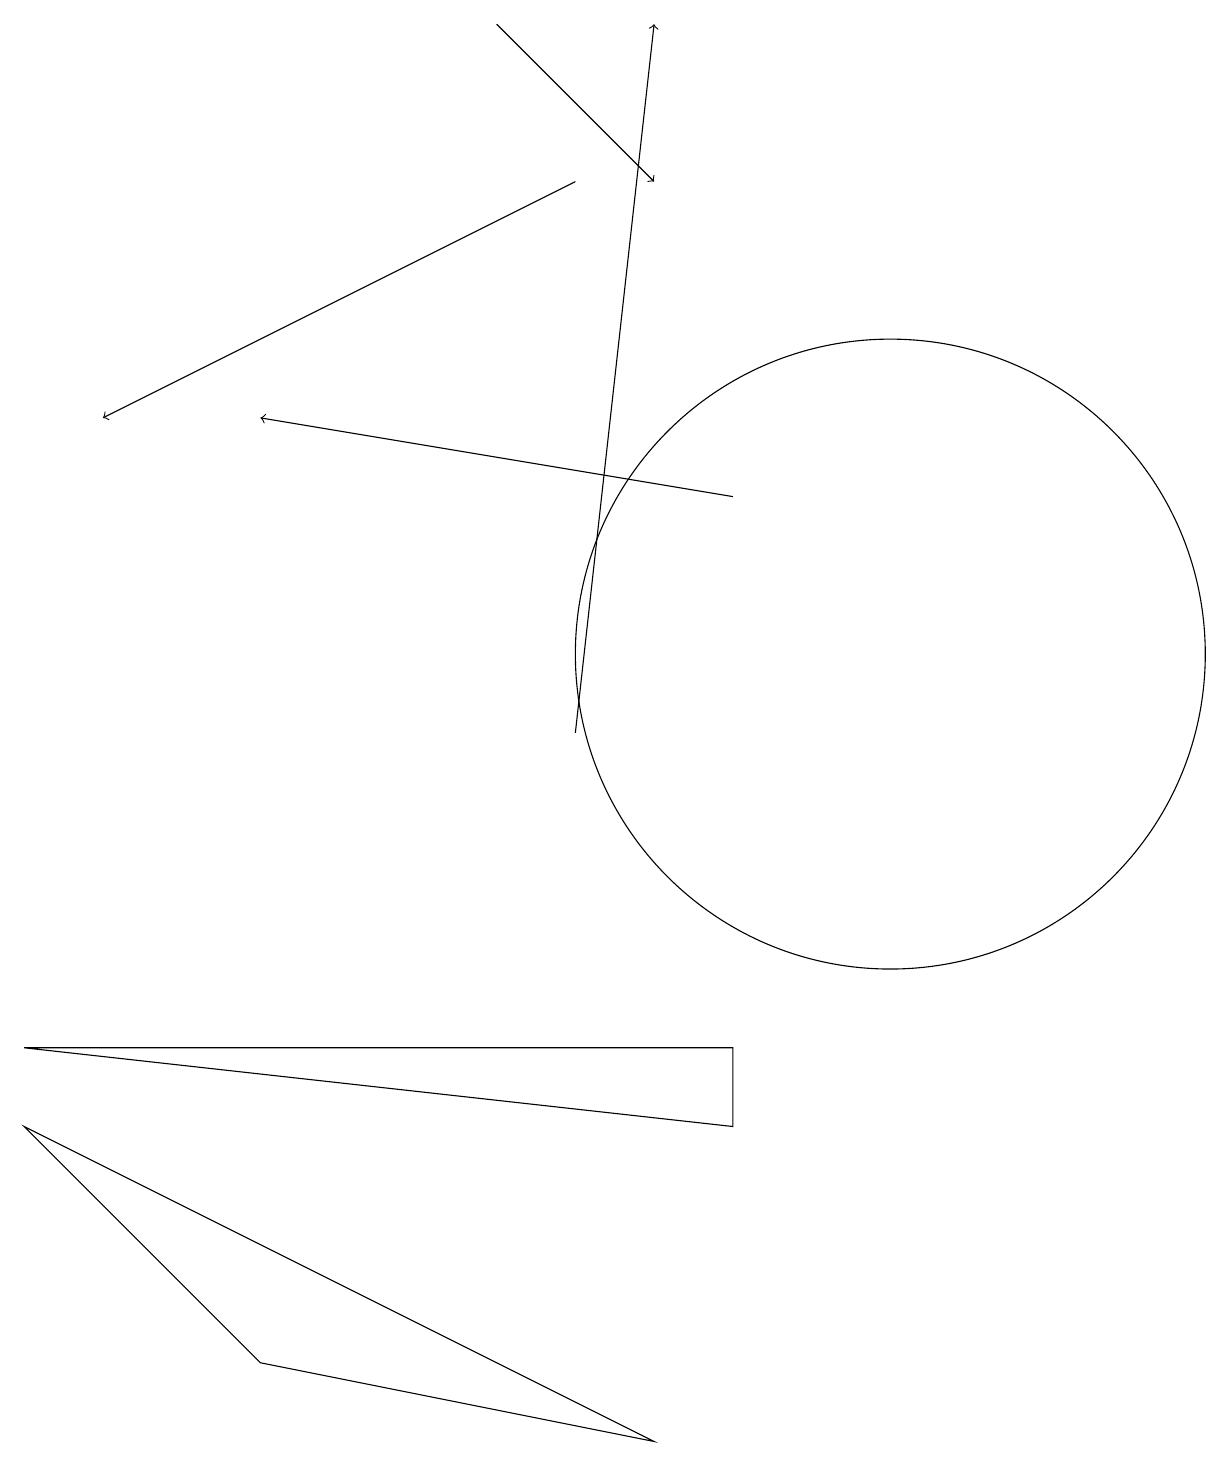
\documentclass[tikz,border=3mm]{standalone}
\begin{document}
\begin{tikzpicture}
\draw[->] (6,19) -- (8,17);
\draw[->] (7,17) -- (1,14);
\draw (11,11) circle (4);
\draw[->] (7,10) -- (8,19);
\draw[->] (9,13) -- (3,14);
\draw (9,5) -- (9,6) -- (0,6) -- cycle;
\draw (0,5) -- (8,1) -- (3,2) -- cycle;
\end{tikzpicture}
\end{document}